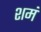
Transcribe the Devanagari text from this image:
शमं